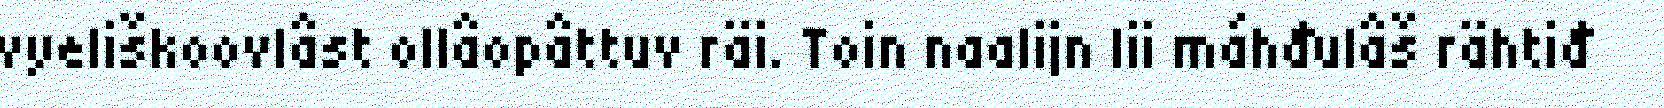
vyeliškoovlâst ollâopâttuv räi. Toin naalijn lii máhđulâš rähtiđ